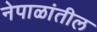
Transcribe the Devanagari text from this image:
नेपाळांतील